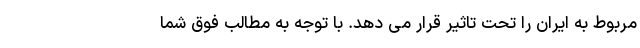
مربوط به ایران را تحت تاثیر قرار می دهد. با توجه به مطالب فوق شما